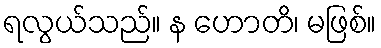
ရလွယ်သည်။ န ဟောတိ၊ မဖြစ်။